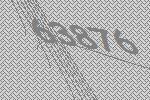
63876